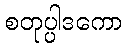
စတုပ္ပါဒကော